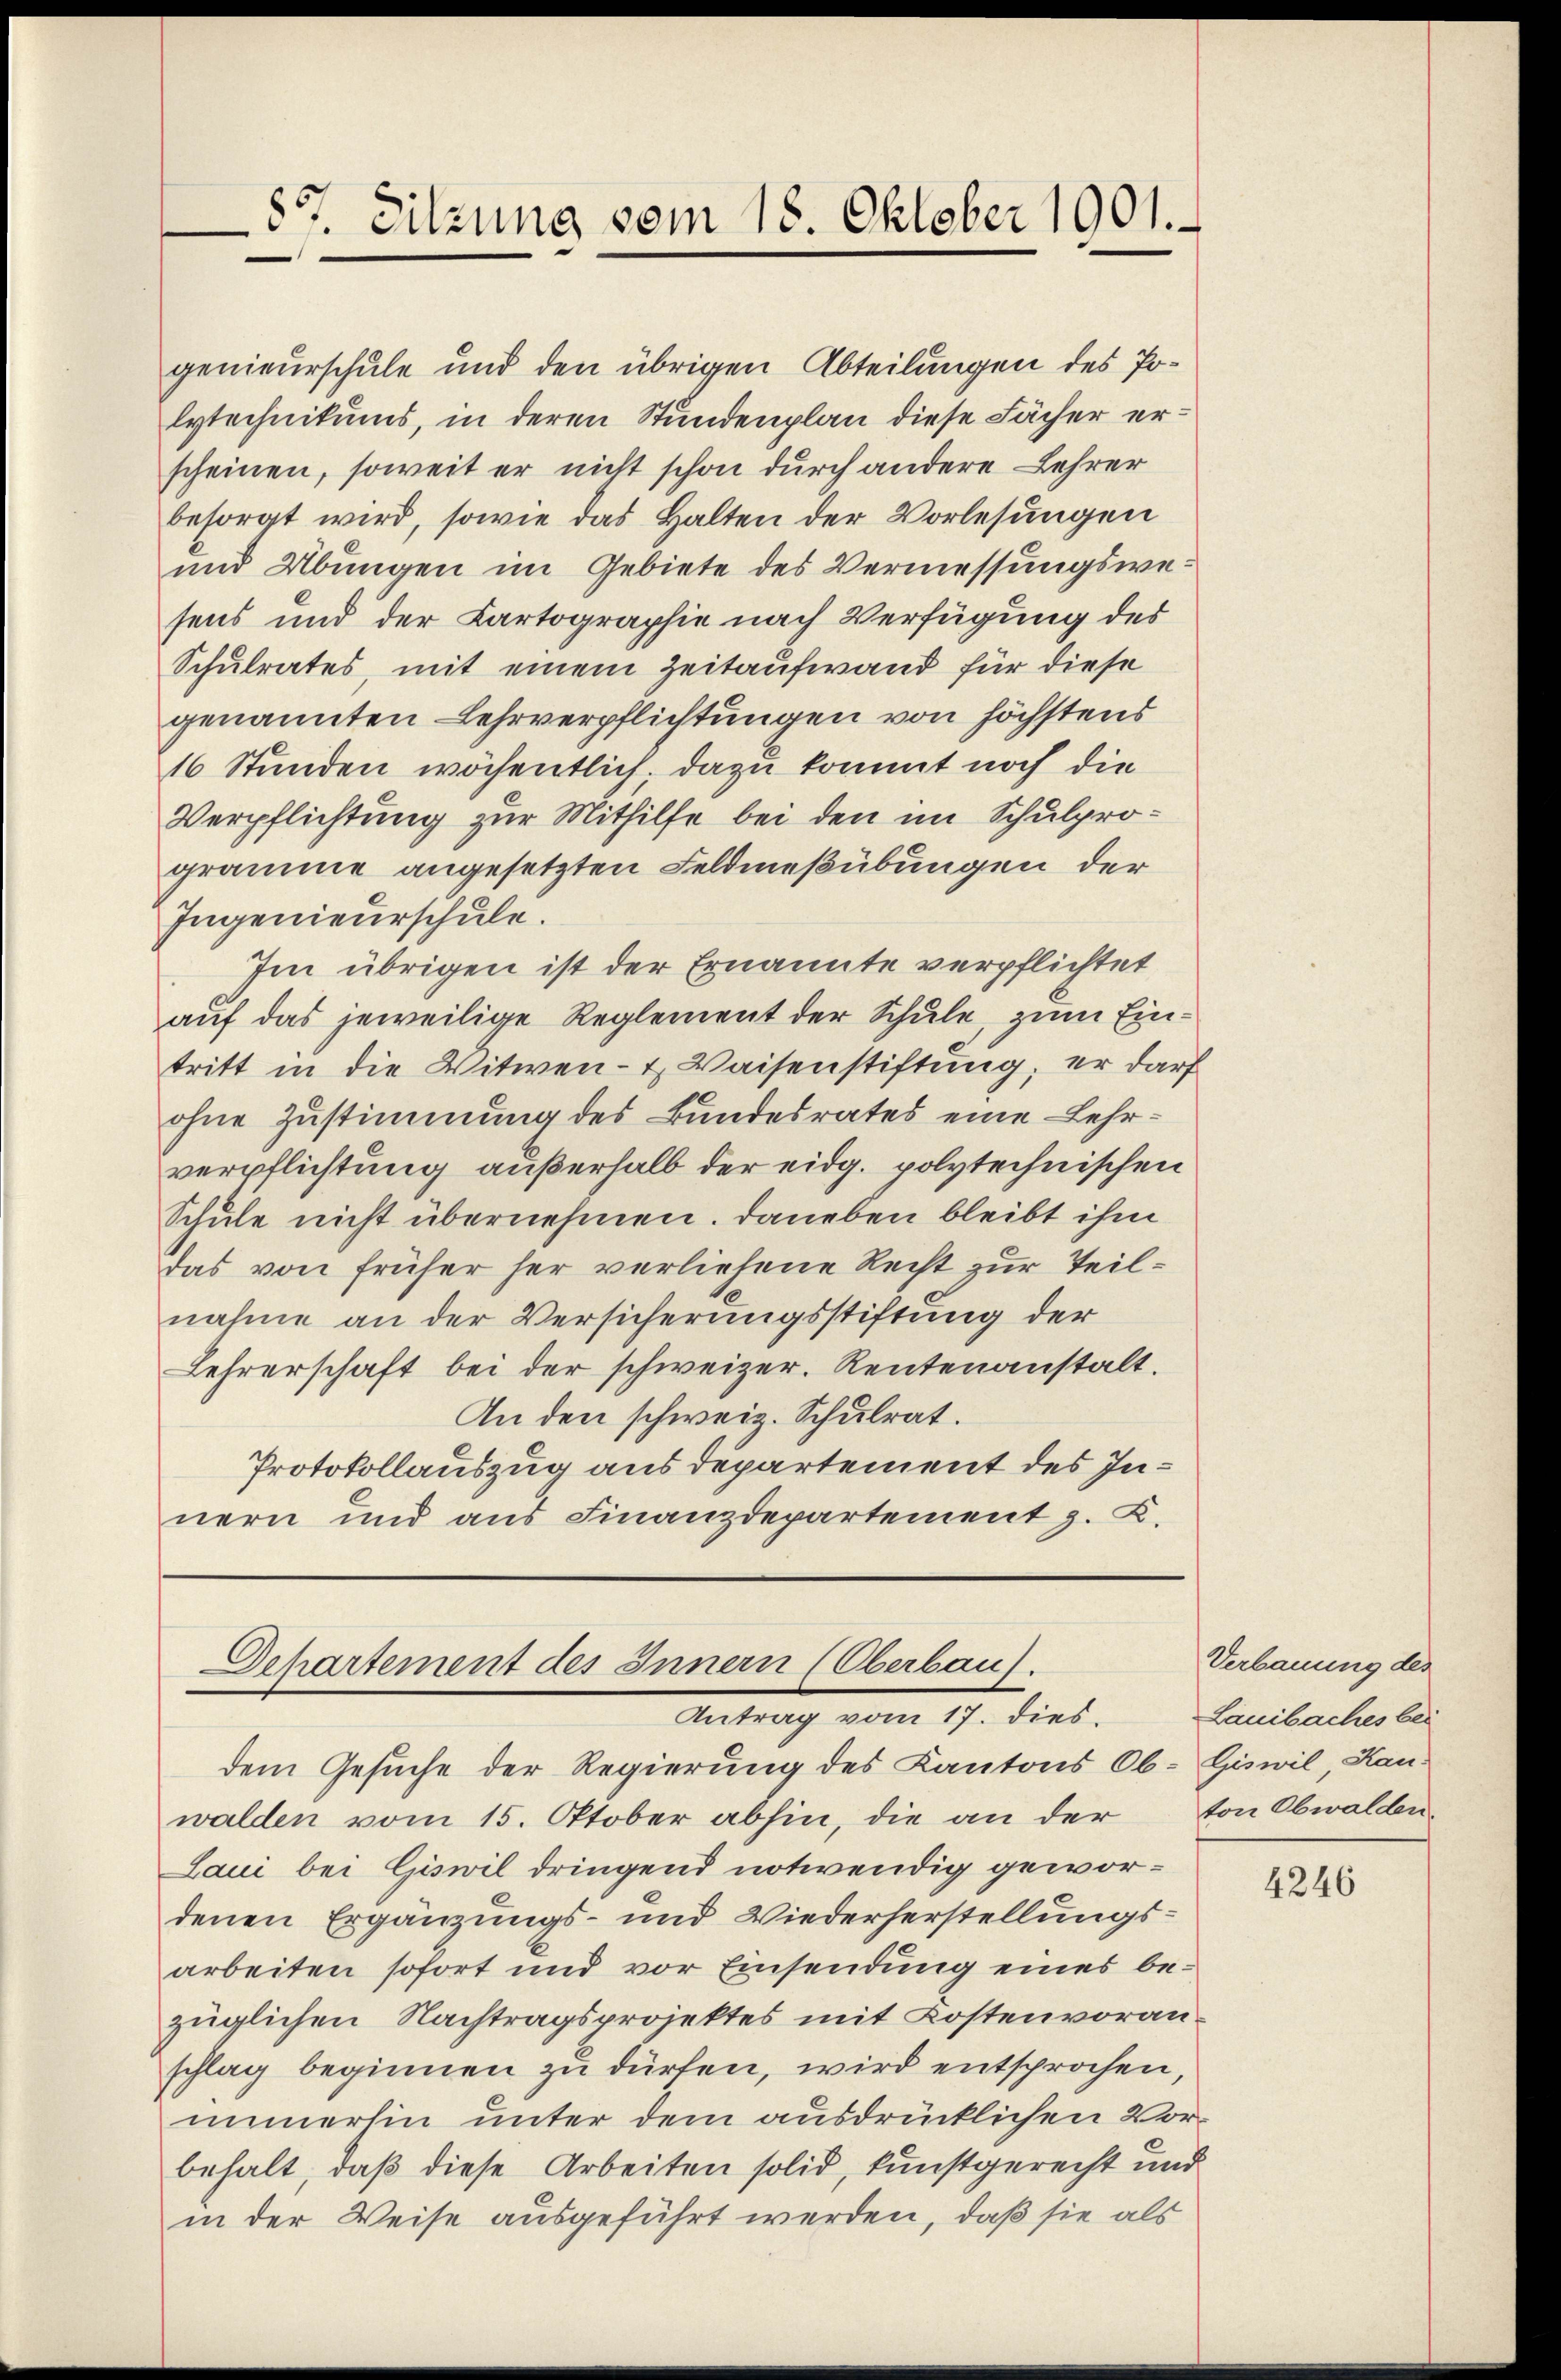
87. Sitzung vom 18. Oktober 1901.

genieurschule und den übrigen Abteilungen des Polytechnikums, in deren Stundenplan diese Fächer erscheinen, soweit er nicht schon durch andere Lehrer
besorgt wird, sowie das Halten der Vorlesungen
und Übungen im Gebiete des Vermessungswesens und der Cartographie nach Verfügung des
Schulrates, mit einem Zeitaufwand für diese
genannten Lehrverpflichtungen von höchstens
16 Stunden wöchentlich dazu kommt noch die
Verpflichtung zur Mithilfe bei den im Schulprogramme angesetzten Feldmeßübungen der
Ingenieurschule.
Im übrigen ist der Ernannte verpflichtet
auf das jeweilige Reglement der Schule, zum Eintritt in die Witwen- & Waisenstiftung; er darf
ohne Zustimmung des Bundesrates eine Lehrverpflichtung außerhalb der eidg. polytechnischen
Schule nicht übernehmen. Daneben bleibt ihm
das von früher her verliehene Recht zur Teilnahme an der Versicherungsstiftung der
Lehrerschaft bei der schweizer. Rentenanstalt.
An den schweiz. Schulrat.
Protokollauszug aus departement des Innern und aus Finanzdepartement z. K.

Dehartement des Innern (Oberbau).
Antrag vom 17. dies.

dem Gesuche der Regierung des Kantons Ob-Giswil, Kan-
walden vom 15. Oktober abhin, die an der
Laui bei Giswil dringend notwendig gewordenen Ergänzungs- und Wiederherstellungsarbeiten sofort und vor Einsendung eines bezüglichen Nachtragsprojektes mit Kostenvoranschlag beginnen zu dürfen, wird entsprochen,
immerhin unter dem ausdrücklichen Vorbehalt, daß diese Arbeiten solid, kunstgerecht und
in der Weise ausgeführt werden, daß sie als

Verbauung des
Lauibaches bei
ton Obwalden

4246